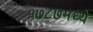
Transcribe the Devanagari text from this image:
१७८७मध्ये